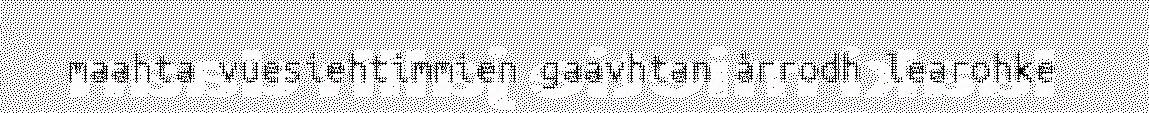
maahta vuesiehtimmien gaavhtan årrodh learohke